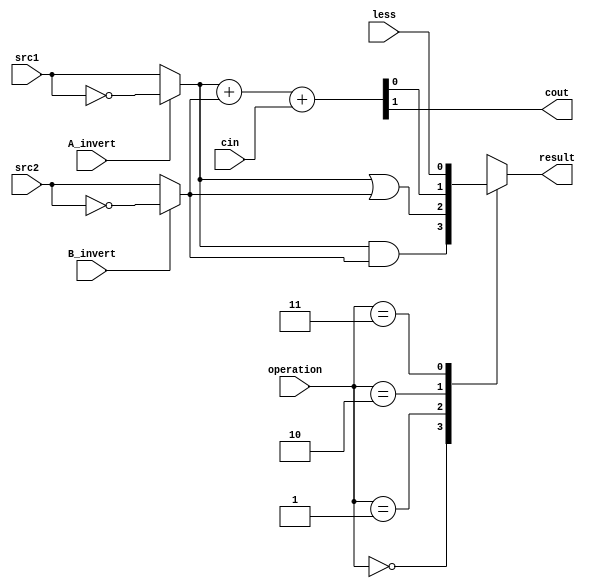
`timescale 1ns/1ps
//109550184
//////////////////////////////////////////////////////////////////////////////////
// Company: 
// Engineer: 
// 
// Design Name: 
// Module Name:    alu_top 
// Project Name: 
// Target Devices: 
// Tool versions: 
// Description: 
//
// Dependencies: 
//
// Revision: 
// Revision 0.01 - File Created
// Additional Comments: 
//
//////////////////////////////////////////////////////////////////////////////////

module alu_top(
               src1,       //1 bit source 1 (input)
               src2,       //1 bit source 2 (input)
               less,       //1 bit less     (input)
               A_invert,   //1 bit A_invert (input)
               B_invert,   //1 bit B_invert (input)
               cin,        //1 bit carry in (input)
               operation,  //operation      (input)
               result,     //1 bit result   (output)
               cout,       //1 bit carry out(output)
               );

input         src1;
input         src2;
input         less;
input         A_invert;
input         B_invert;
input         cin;
input [2-1:0] operation;

output        result;
output        cout;

reg           result;

wire r0, r1, r2;
wire src1_temp, src2_temp;
assign src1_temp = (A_invert)? ~src1:src1;
assign src2_temp = (B_invert)? ~src2:src2;
assign {cout, r2} = src1_temp + src2_temp + cin;
and g0(r0, src1_temp, src2_temp);
or g1(r1, src1_temp, src2_temp);

always@(*)
begin
    case (operation[2-1:0])
        //AND NOR
        2'd0: result = r0;
        // OR
        2'd1: result = r1;
        //ADD  SUB
        2'd2: result = r2;
        //SLT
        2'd3: result = less;
    endcase  
end

endmodule